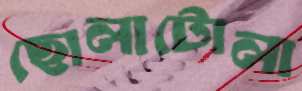
ছোলাটোলা